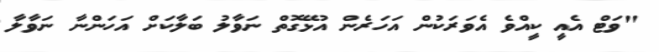
"ވަޓް އެއީ ކީއްވެ އެވަރަކުން އަހަރެން އުޅޭގޮތް ނަވާލު ބަލާކަށް އަހަންނާ ނަވާލާ